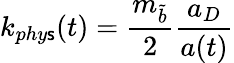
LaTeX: k_{phy\mathsf{s}}(t)=\frac{{m_{\tilde{{b}}}}}{{2}}\frac{{a_{D}}}{{a(t)}}